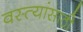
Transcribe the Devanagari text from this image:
वस्त्यांसाठी